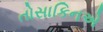
તોસાકિનએ